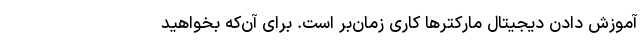
آموزش دادن دیجیتال مارکتر‌ها کاری زمان‌بر است. برای آن‌که بخواهید